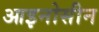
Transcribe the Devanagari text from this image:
आइनोसीन